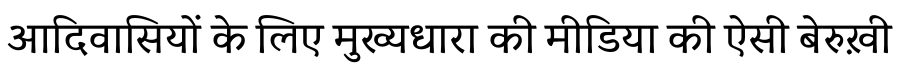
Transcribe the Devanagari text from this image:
आदिवासियों के लिए मुख्यधारा की मीडिया की ऐसी बेरुख़ी